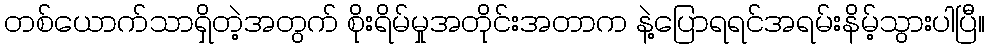
တစ်ယောက်သာရှိတဲ့အတွက် စိုးရိမ်မှုအတိုင်းအတာက နဲ့ပြောရရင်အရမ်းနိမ့်သွားပါပြီ။